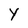
Character: Y